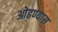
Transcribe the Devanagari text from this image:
ओढण्यास